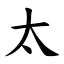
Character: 太